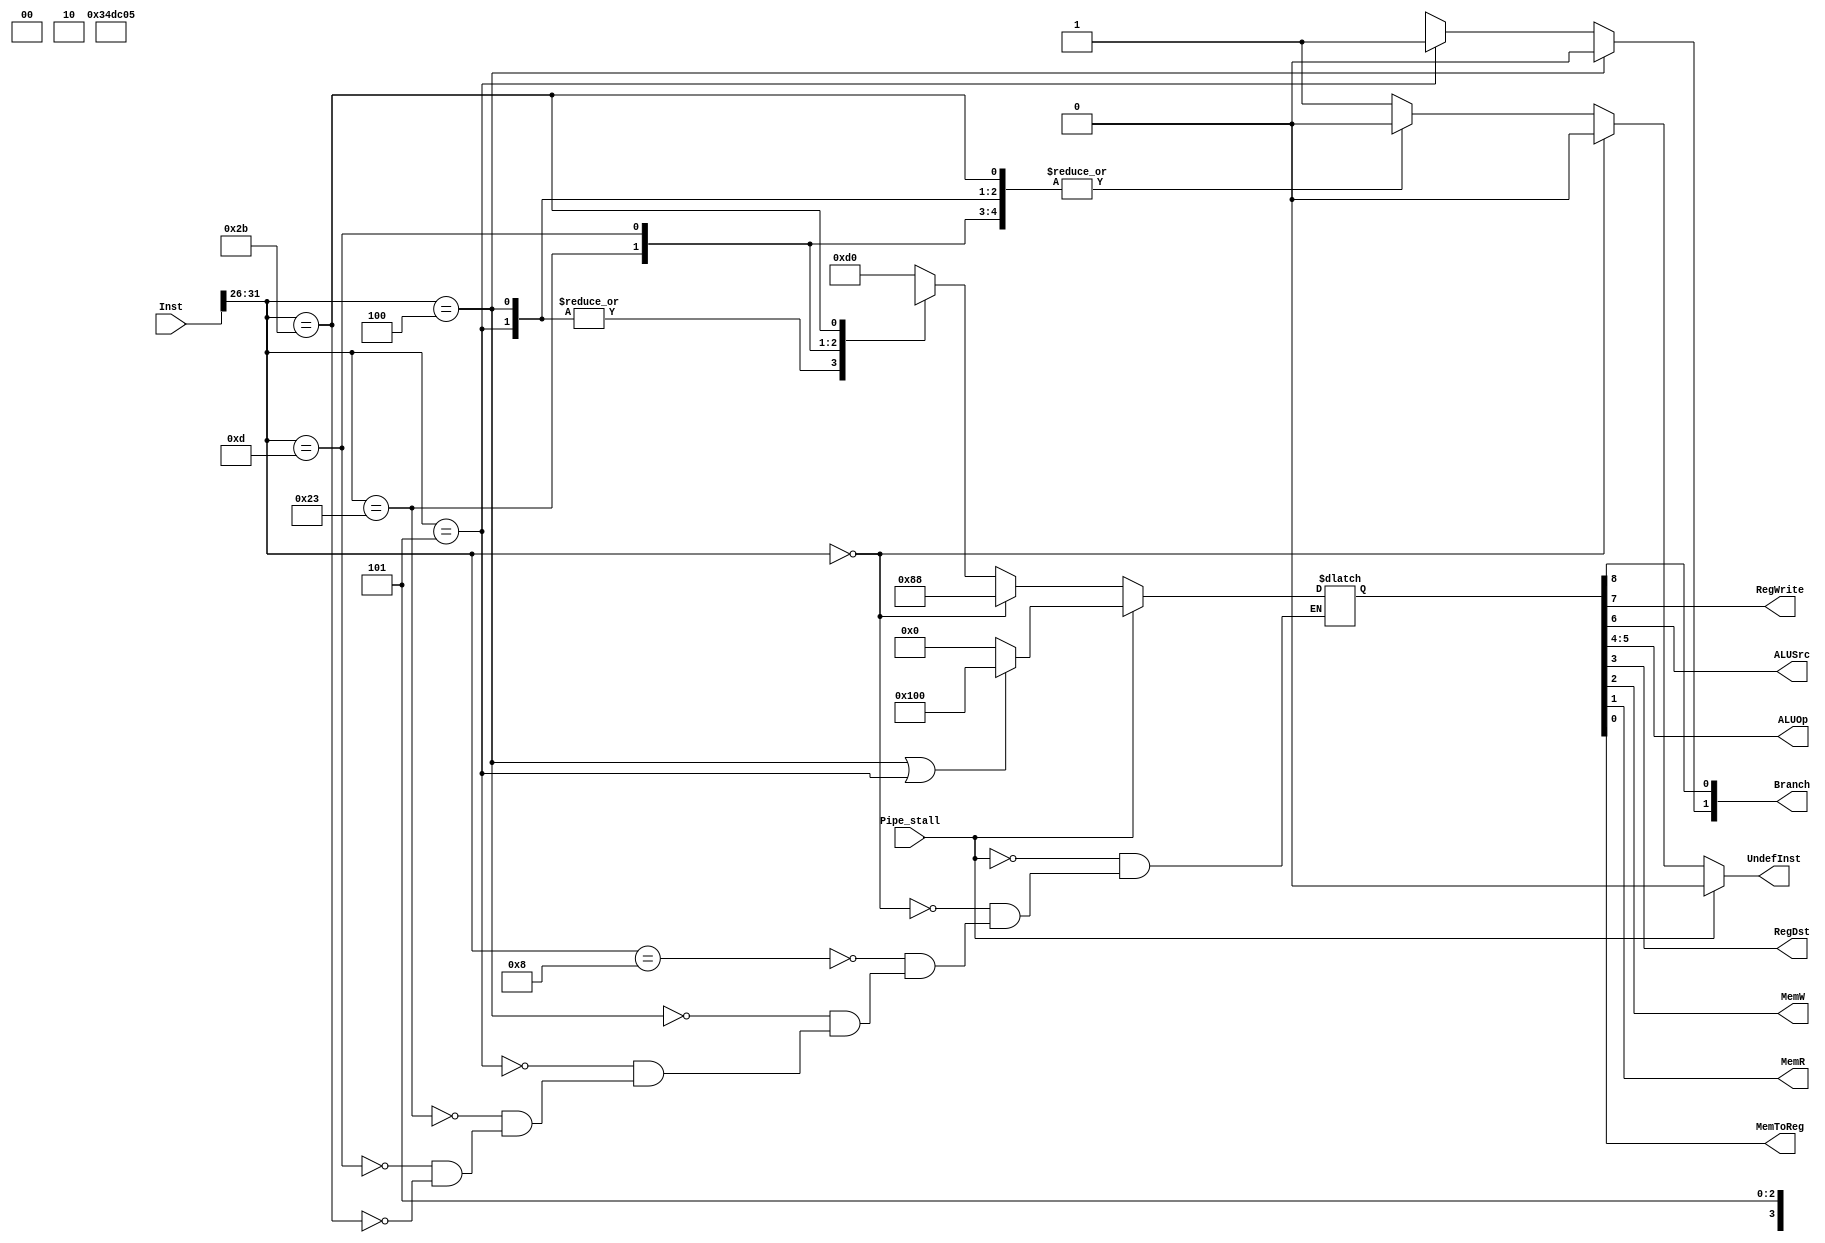
`timescale 1ns / 1ps
//////////////////////////////////////////////////////////////////////////////////
// Company: 
// Engineer: 
// 
// Design Name: 
// Module Name:    ControlUnit 
// Project Name: 
// Target Devices: 
// Tool versions: 
// Description: 
//
// Dependencies: 
//
// Revision: 
// Revision 0.01 - File Created
// Additional Comments: 
//
//////////////////////////////////////////////////////////////////////////////////

module ControlUnit(
Inst,
Pipe_stall,
Branch,
RegWrite,
ALUSrc,
ALUOp,
RegDst,
MemW,
MemR,
MemToReg,
UndefInst
    );
	 
input [31:0] Inst;
input Pipe_stall;

output RegWrite,ALUSrc,RegDst,MemW,MemR,MemToReg,UndefInst;
output [1:0] ALUOp,Branch;

reg UndefInst;
//reg PCSrc,RegWrite,ALUSrc,RegDst,MemW,MemR,MemToReg;
//reg [1:0] ALUOp;

reg [8:0] CFlag;

assign {Branch[0],RegWrite,ALUSrc,ALUOp,RegDst,MemW,MemR,MemToReg} = CFlag;
assign Branch[1] = (Inst[31:26]==6'b000100)?(1'b0):((Inst[31:26]==6'b000101)?(1'b1):(1'bx));//This finds wether its beq or bne
`define RType 6'd0

always @ (Inst, Pipe_stall)
begin
	if(Pipe_stall == 1'b1)
	begin
		
		if((Inst[31:26]==6'b000100) || (Inst[31:26]==6'b000101))
			CFlag <= {1'b1,8'd0};
		else
			CFlag <= {1'b0,8'd0};
		UndefInst <= 1'b0;
	end
	else if(Inst[31:26] == `RType) //RType Inst.
	begin
		CFlag <= 9'b0_1_0_00_1_0_0_0;	
		UndefInst <= 1'b0;
	end
	else
	begin
			casex(Inst[31:26])
				6'b00_1000 ://addi 
				begin
								CFlag <= 9'b0_1_1_01_0_0_0_0;
								UndefInst <= 1'b0;
				end
				6'b00_0100 ://beq 
				begin
								CFlag <= 9'b1_0_x_xx_x_0_0_x;
								UndefInst <= 1'b0;
				end
				6'b00_0101 ://bne
				begin
								CFlag <= 9'b1_0_x_xx_x_0_0_x;
								UndefInst <= 1'b0;
				end
				6'b10_0011 ://lw 
				begin
								CFlag <= 9'b0_1_1_01_0_0_1_1;
								UndefInst <= 1'b0;
				end
				6'b00_1101 ://ori 
				begin
								CFlag <= 9'b0_1_1_10_0_0_0_0;
								UndefInst <= 1'b0;
				end
				6'b10_1011 ://sw 
				begin
								CFlag <= 9'b0_0_1_01_x_1_0_1;
								UndefInst <= 1'b0;
				end
				default://undefined Instruction
				begin
								UndefInst <= 1'b1;
				end
			endcase	
	end
end



endmodule